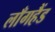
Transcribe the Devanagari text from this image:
लाँगहैंड